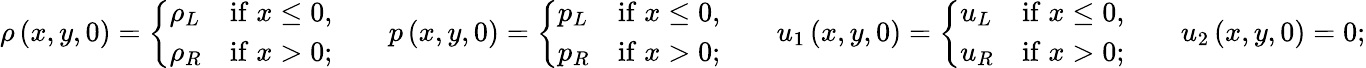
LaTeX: \rho\left(x,y,0\right)=\left\lbrace\begin{array}{lc}{\rho_{L}}&{\mathrm{if}\; x\le 0,}\\ {\rho_{R}}&{\mathrm{if}\; x>0;}\end{array}\right.\qquad p\left(x,y,0\right)=\left\lbrace\begin{array}{lc}{p_{L}}&{\mathrm{if}\; x\le 0,}\\ {p_{R}}&{\mathrm{if}\; x>0;}\end{array}\right.\qquad{u}_{1}\left(x,y,0\right)=\left\lbrace\begin{array}{lc}{u_{L}}&{\mathrm{if}\; x\le 0,}\\ {u_{R}}&{\mathrm{if}\; x>0;}\end{array}\right.\qquad{u}_{2}\left(x,y,0\right)=0;